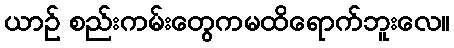
ယာဉ် စည်းကမ်းတွေကမထိရောက်ဘူးလေ။